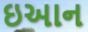
ઇઆન